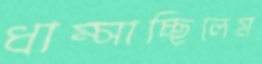
ধাম্‌সাচ্ছিলেম